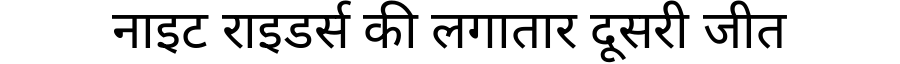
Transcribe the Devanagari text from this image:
नाइट राइडर्स की लगातार दूसरी जीत